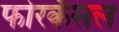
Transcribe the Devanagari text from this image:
फोरकॅसल